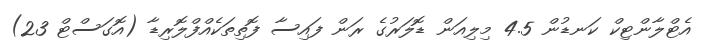
އެޓްލާންޓިކް ކަނޑުން 4.5 މިލިއަން ޑޮލަރުގެ ރަން ފައިސާ ފޮތިތަކެއްފްލޮރިޑާ (އޮގަސްޓް 23)